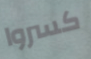
كسروا